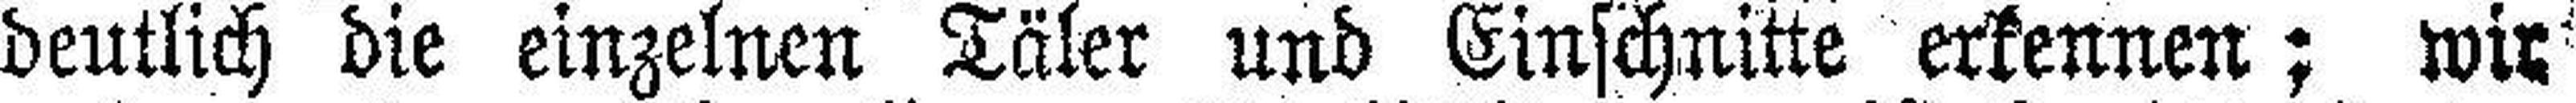
deutlich die einzelnen Täler und Einschnitte erkennen; wir